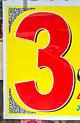
3